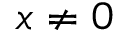
x \neq 0